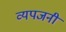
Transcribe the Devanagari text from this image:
व्यपजनी